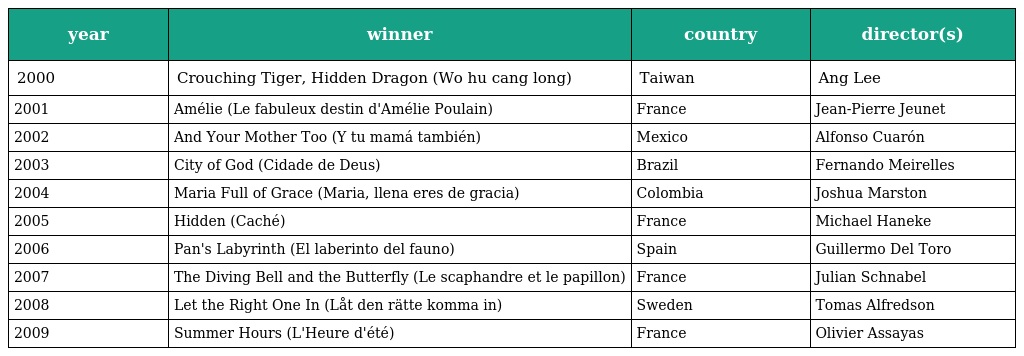
| year | winner | country | director(s) |
 | --- | --- | --- | --- |
 | 2000 | Crouching Tiger, Hidden Dragon (Wo hu cang long) | Taiwan | Ang Lee |
 | 2001 | Amélie (Le fabuleux destin d'Amélie Poulain) | France | Jean-Pierre Jeunet |
 | 2002 | And Your Mother Too (Y tu mamá también) | Mexico | Alfonso Cuarón |
 | 2003 | City of God (Cidade de Deus) | Brazil | Fernando Meirelles |
 | 2004 | Maria Full of Grace (Maria, llena eres de gracia) | Colombia | Joshua Marston |
 | 2005 | Hidden (Caché) | France | Michael Haneke |
 | 2006 | Pan's Labyrinth (El laberinto del fauno) | Spain | Guillermo Del Toro |
 | 2007 | The Diving Bell and the Butterfly (Le scaphandre et le papillon) | France | Julian Schnabel |
 | 2008 | Let the Right One In (Låt den rätte komma in) | Sweden | Tomas Alfredson |
 | 2009 | Summer Hours (L'Heure d'été) | France | Olivier Assayas |